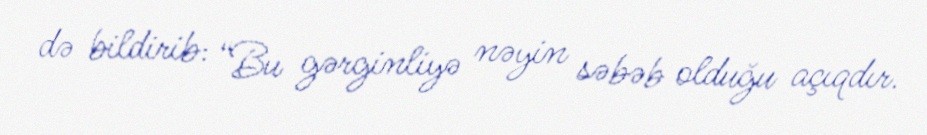
də bildirib: “Bu gərginliyə nəyin səbəb olduğu açıqdır.